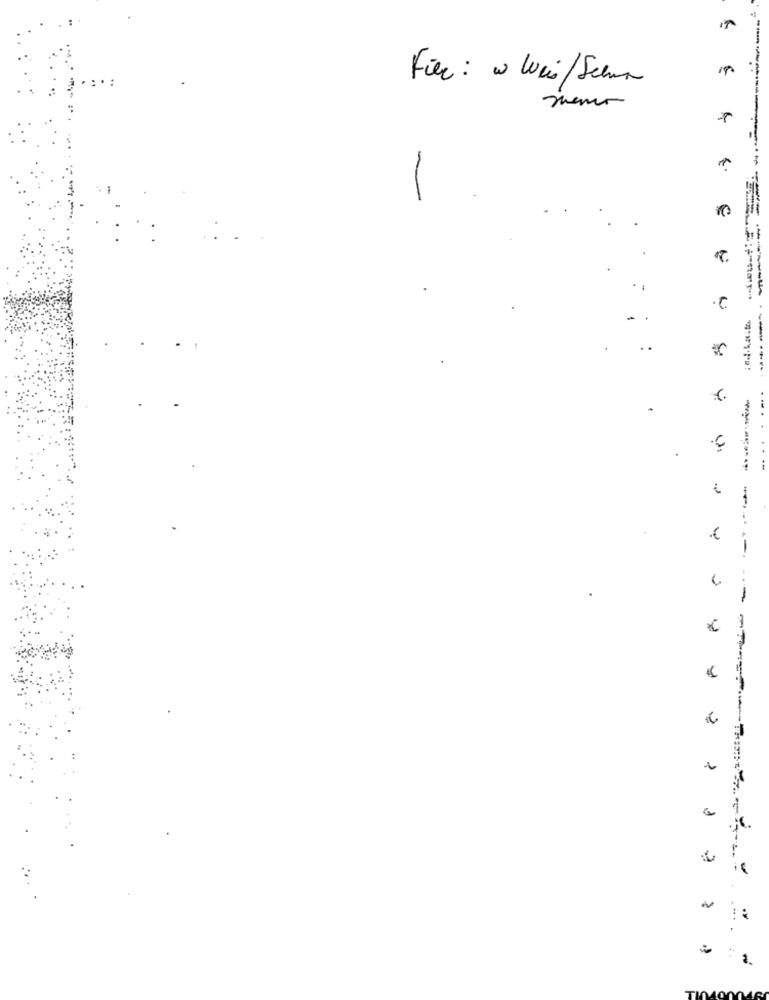
Fier : w Wii/Schmar
meno
e
C
. .
........
y
.....